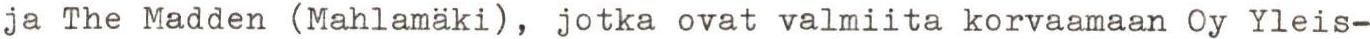
ja The Madden (Mahlamäki), jotka ovat valmiita korvaamaan Oy Yleis-